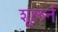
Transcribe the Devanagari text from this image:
शूलर्न